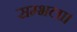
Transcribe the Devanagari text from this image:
सम्भला।